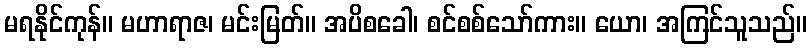
မရနိုင်ကုန်။ မဟာရာဇ၊ မင်းမြတ်။ အပိစခေါ၊ စင်စစ်သော်ကား။ ယော၊ အကြင်သူသည်။